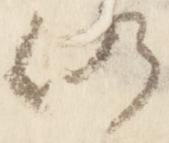
仍